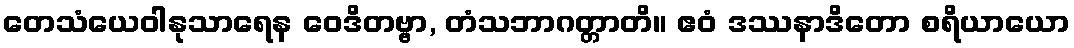
တေသံယေဝါနုသာရေန ဝေဒိတဗ္ဗာ, တံသဘာဂတ္တာတိ။ ဧဝံ ဒဿနာဒိတော စရိယာယော